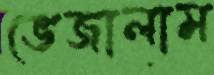
ভেজালাম